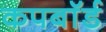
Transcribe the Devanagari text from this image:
कपबाॅर्ड